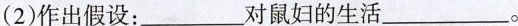
（2）作出假设：___对鼠妇的生活___。